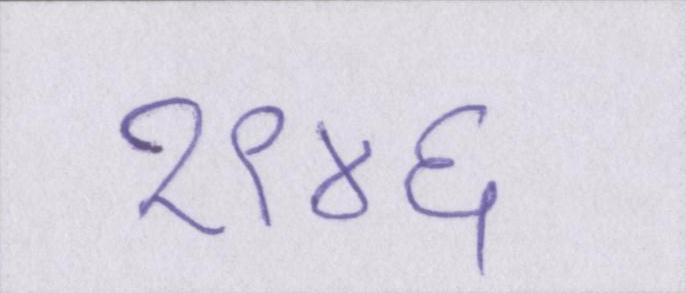
१९४६